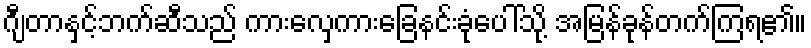
ဂျီတာနှင့်ဘက်ဆီသည် ကားလှေကားခြေနင်းခုံပေါ်သို့ အမြန်ခုန်တက်ကြရ၏။